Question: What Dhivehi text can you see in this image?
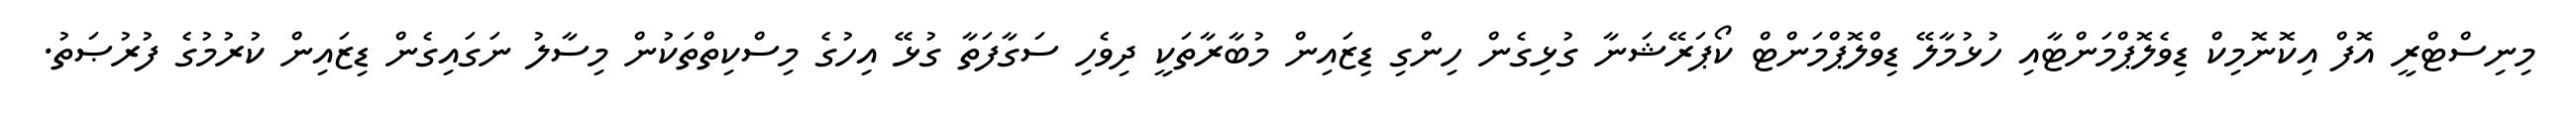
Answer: މިނިސްޓްރީ އޮފް އިކޮނޮމިކް ޑިވެލޮޕްމަންޓާއި ހުޅުމާލޭ ޑިވްލޮޕްމަންޓް ކޯޕަރޭޝަނާ ގުޅިގެން ހިންގި ޑިޒައިން މުބާރާތަކީ ދިވެހި ސަގާފަތާ ގުޅޭ އިހުގެ މިސްކިތްތަކުން މިސާލު ނަގައިގެން ޑިޒައިން ކުރުމުގެ ފުރުޞަތު.